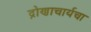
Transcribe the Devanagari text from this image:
द्रोणाचार्यचा